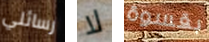
رسائلي لا بقسوة